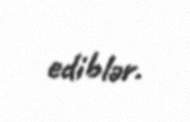
ediblər.